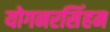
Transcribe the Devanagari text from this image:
योगनरसिंहम